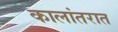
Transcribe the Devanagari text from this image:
कालांतरात